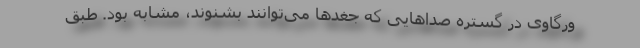
ورگاوی در گستره صداهایی که جغدها می‌توانند بشنوند، مشابه بود. طبق